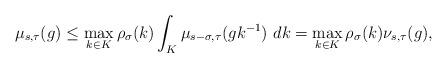
LaTeX: \begin{align*}\mu_{s,\tau}(g)\leq\max_{k\in K}\rho_{\sigma}(k)\int_{K}\mu_{s-\sigma,\tau}(gk^{-1})~dk=\max_{k\in K}\rho_{\sigma}(k)\nu_{s,\tau}(g),\end{align*}